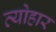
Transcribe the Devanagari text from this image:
व्योहार